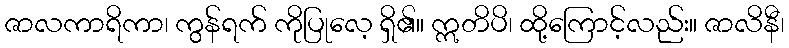
ဇာလကာရိကာ၊ ကွန်ရက် ကိုပြုလေ့ ရှိ၏။ ဣတိပိ၊ ထို့ကြောင့်လည်း။ ဇာလိနီ၊